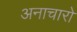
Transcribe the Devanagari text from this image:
अनाचारो